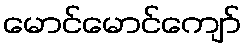
မောင်မောင်ကျော်